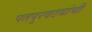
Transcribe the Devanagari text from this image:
पतपुरवठयांची